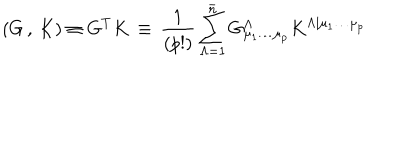
\left( G \, , \, K \right) \equiv G ^ { T } K \, \equiv \, { \frac { 1 } { ( p ! ) } } \sum _ { \Lambda = 1 } ^ { \bar { n } } G _ { \mu _ { 1 } \dots \mu _ { p } } ^ { \Lambda } K ^ { \Lambda \vert \mu _ { 1 } \dots \mu _ { p } }